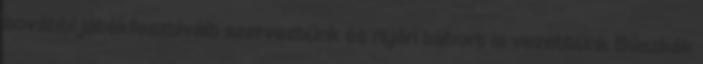
további játékfesztivált szerveztünk és nyári tábort is vezettünk Büszkék